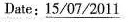
Date: \underline{15/07/2011}